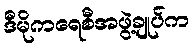
ဒီမိုကရေစီအဖွဲ့ချုပ်က